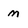
Character: m